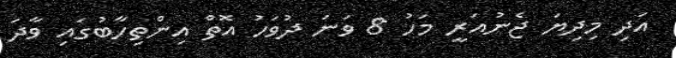
އަދި މިދިޔަ ޖެނުއަރީ މަހު 8 ވަނަ ދުވަހު އޮތް އިންތިހާބުގައި ވާދަ